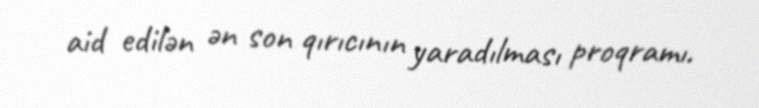
aid edilən ən son qırıcının yaradılması proqramı.